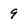
Character: 9